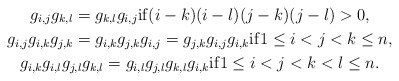
\begin{gather*}g_{i,j} g_{k,l}=g_{k,l} g_{i,j} {\rm if} (i-k) (i-l) (j-k) (j-l) > 0,\\g_{i,j} g_{i,k} g_{j,k}=g_{i,k} g_{j,k} g_{i,j}=g_{j,k} g_{i,j} g_{i,k} {\rm if}1 \le i < j < k \le n,\\g_{i,k} g_{i,l} g_{j,l} g_{k,l}=g_{i,l} g_{j,l} g_{k,l} g_{i,k} {\rm if} 1 \le i < j <k < l \le n.\end{gather*}